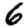
Digit: 6